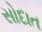
સોદાત